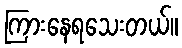
ကြားနေရသေးတယ်။